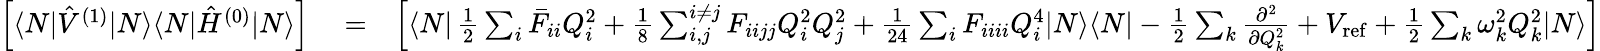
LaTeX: \begin{array}{rlr}{\left[\langle N|\hat{V}^{(1)}|N\rangle\langle N|\hat{H}^{(0)}|N\rangle\right]}&{{}=}&{\left[\langle N|\, \frac{1}{2}\sum_{i}\bar{F}_{ii}Q_{i}^{2}+\frac{1}{8}\sum_{i,j}^{i\neq j}F_{iijj}Q_{i}^{2}Q_{j}^{2}+\frac{1}{24}\sum_{i}F_{iiii}Q_{i}^{4}|N\rangle\langle N|-\frac{1}{2}\sum_{k}\frac{\partial^{2}}{\partial Q_{k}^{2}}+V_{\mathrm{ref}}+\frac{1}{2}\sum_{k}\omega_{k}^{2}Q_{k}^{2}|N\rangle\right]}\end{array}